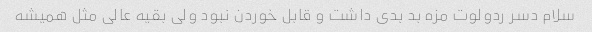
سلام دسر ردولوت مزه بد بدی داشت و قابل خوردن نبود ولی بقیه عالی مثل همیشه